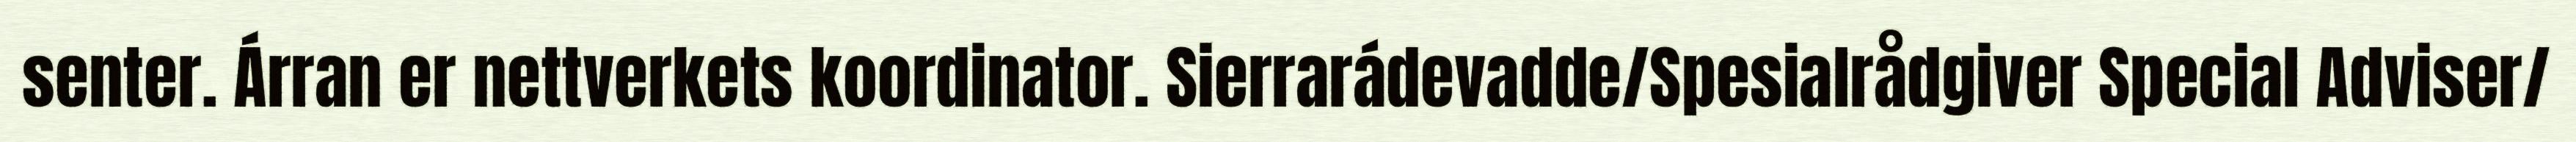
senter. Árran er nettverkets koordinator. Sierrarádevadde/Spesialrådgiver Special Adviser/